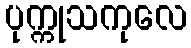
ပုက္ကုသကုလေ